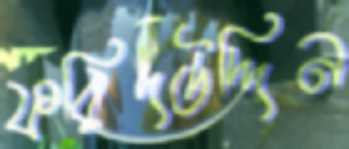
ফরিদউদ্দিন